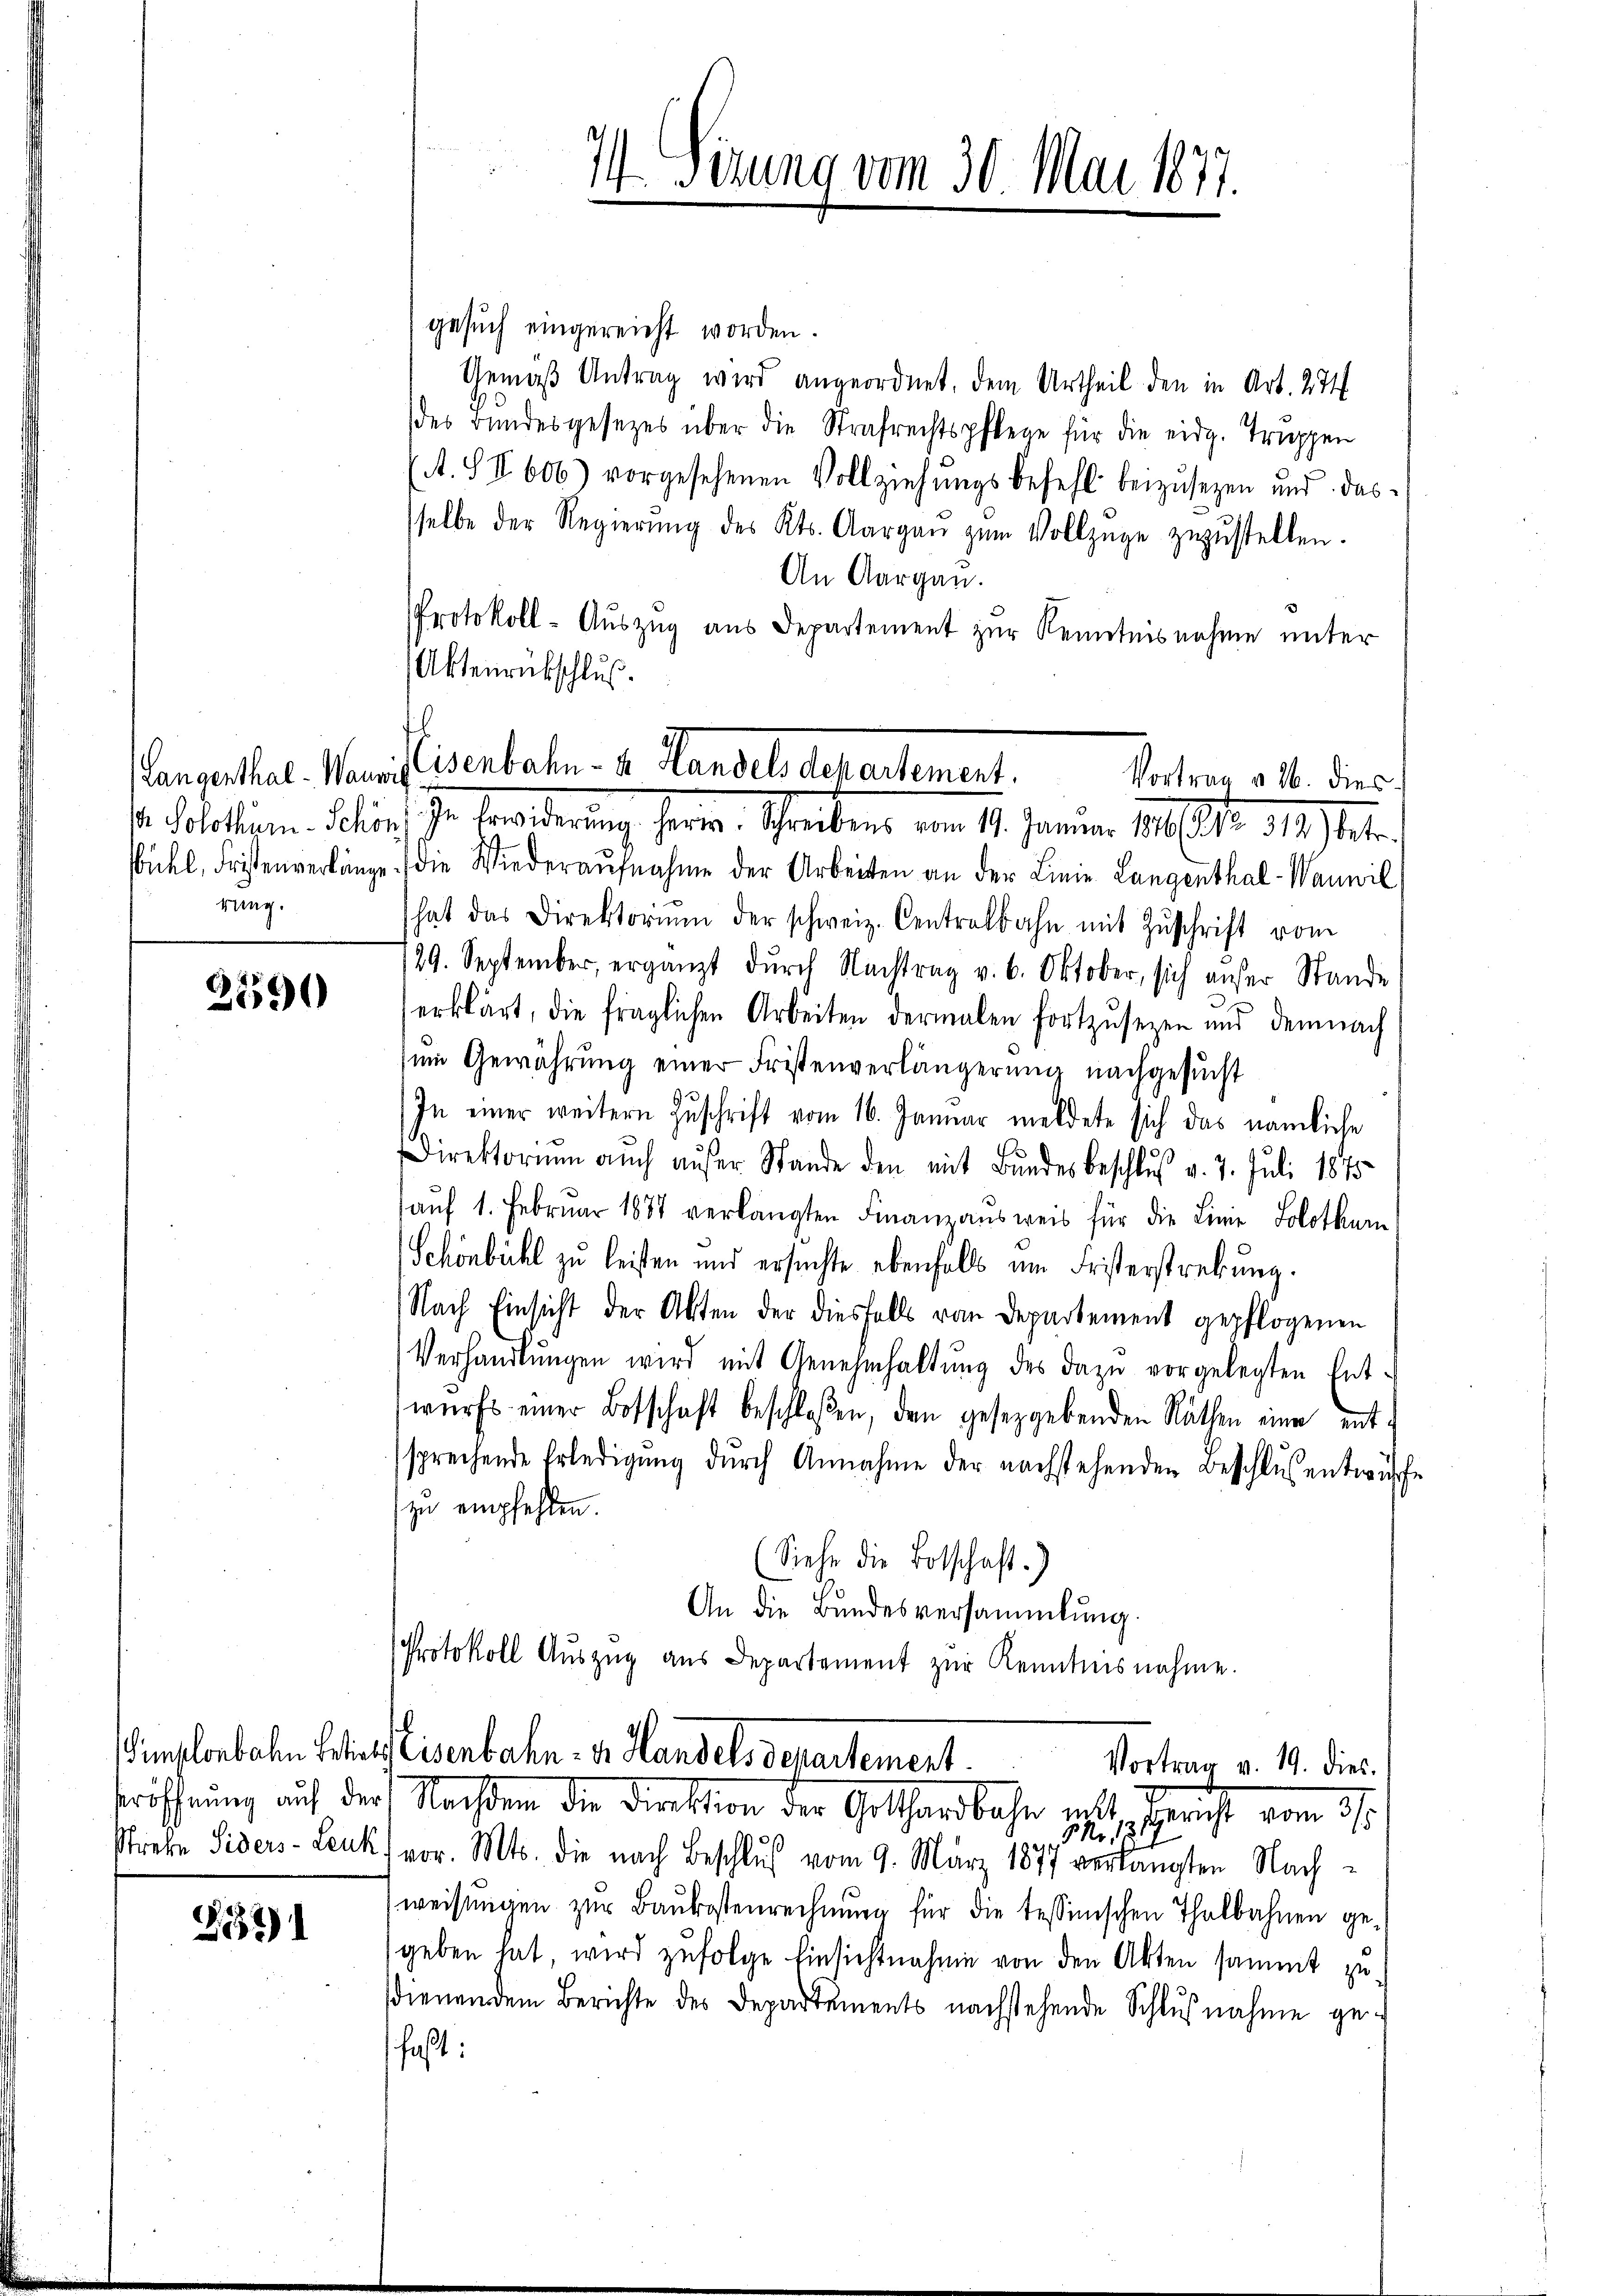
¼ Sizung vom 30. Mai 1877.

gesuch eingereicht worden.
Gemäß Antrag wird angeordnet. Dem Urtheil den in Art. 274
des Bŭndesgesezes über die Strafrechtspflege für die eidg. Trŭppen
(A. IV 606) vorgesehenen Vollziehŭngsbefehl beizusezen und das
sselbe der Regierŭng des Kts. Aargaŭ zŭm Vollzüge zŭzŭstellen.
An Aargau.
Protokoll- Aŭszŭg aŭs Departement zŭr Kenntnisnahme unter
se. Solothurn Maler ihn erwiederung, ferne. Schreiben vom 14. Januar 189 Art. 1791.
bühl, Fristenverlänge die Wiederaŭfnahme der Arbeiten an der Linie Langenthal-Wanwil
hat das Direktorium der schweiz. Centralbahn mit Zŭschrift vom
729. September, ergänzt durch Nachtrag v. 6. Oktober, sich unser Stande
e
erklärt, die fraglichen Arbeiten dermalen fortzŭsezen und demnach
um Gewährung einer Fristenverlängerung nachgesucht
In einer weitern Zuschrift vom 16. Januar meldete sich das nämliche
Direktorium auch aŭfer Stande den mit Bŭndesbeschlŭβ v. 7. Juli 1875
aŭf 1. Februar 1887 verlangten Finanzaŭsweis für die Linie Solothur
Schönbühl zu leisten und ersuchte ebenfalls um Fristerstrebung.
Nach Einsicht der Akten der diesfalls von Departement gepflogenen
Verhandlŭngen wird mit Genehmhaltŭng des dazu vorgelegten Ent-
wurfs einer Botschaft beschloßen, den gesetzgebenden Räthen eine ent-
sprechende Erledigung durch Annahme der nachstehenden Beschlus entwurfe
zu empfehlen.
Siehe die Botschaft.)
An die Bundesversammlung.
Protokoll Aŭszŭg aŭs Departement zŭr Kenntnisnahme.

Aktenrückschluß.
angestal. Waisenbahn- u. Handel departement.
Vortrag v. 26. dies

rung.

25590

Simplerboten Stallisenbahn. v. Handel, departement.
Vortrag v. 19. dies
röffnung auf der Nachten der Direktion der Gothardbahn ritt, Gericht vom 27.
Pr.
21
Strebe Siders-Leuk vor. Mts. die nach Beschlŭβ vom 9. März 1877 verlangten Nach-

weisŭngen zŭr Baŭkostenrechnŭng für die tessinischen Thalbahnen ge-
geben hat, wird zufolge Einsichtnahme von den Akten sammt zusdienendem Berichte des Departements nachstehende Schlußnahme ge-
faßt:

G.12)